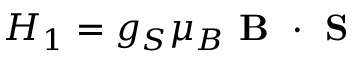
H _ { 1 } = g _ { S } \mu _ { B } \textbf { B } \cdot \textbf { S }